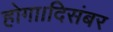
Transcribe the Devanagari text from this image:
होगा।दिसंबर